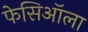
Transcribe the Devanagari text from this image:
फेसिऑला